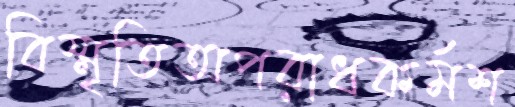
বিস্মৃতিঅপরাধকর্মশ